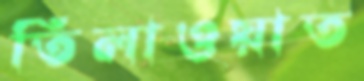
তিলাওয়াত